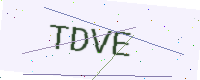
Text: TDVE